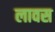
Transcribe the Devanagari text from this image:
लावस